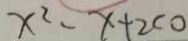
x ^ { 2 } - x + 2 < 0